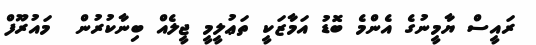
ރައީސް ޔާމީނުގެ އެންމެ ބޮޑު އަމާޒަކީ ތަޢުލީމީ ޖީލެއް ބިނާކުރުން  މައުރޫފް